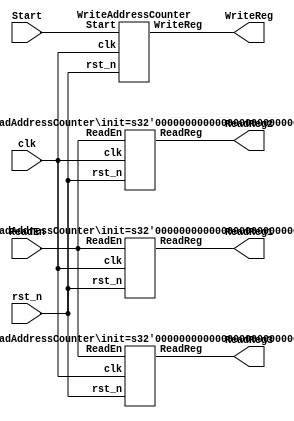
`timescale 1ns / 1ps

module AddressCounter (
clk, rst_n, Start, WriteReg, ReadEn, ReadReg1, ReadReg2, ReadReg3);

  input clk, rst_n;
  input Start;
  input ReadEn;
  output [3:0] WriteReg;
  output [3:0] ReadReg1, ReadReg2, ReadReg3;
  
  WriteAddressCounter WriteAddress (.clk(clk), .rst_n(rst_n), .Start(Start), .WriteReg(WriteReg));
  ReadAddressCounter #(.init(14)) ReadAddress1 (.clk(clk), .rst_n(rst_n), .ReadEn(ReadEn), .ReadReg(ReadReg1));
  ReadAddressCounter #(.init(0)) ReadAddress2 (.clk(clk), .rst_n(rst_n), .ReadEn(ReadEn), .ReadReg(ReadReg2));
  ReadAddressCounter #(.init(1)) ReadAddress3 (.clk(clk), .rst_n(rst_n), .ReadEn(ReadEn), .ReadReg(ReadReg3));
endmodule



module WriteAddressCounter(clk, rst_n, Start, WriteReg);
  input clk, rst_n;
  input Start;
  output [3:0] WriteReg;
  
  wire [14:0] count;
  
  RingCounter WriteCounter(.clk(clk), .rst_n(rst_n), .en(Start), .count(count));
  AddressEncoder WriteAddress(.Addrin(count), .AddrOut(WriteReg));
endmodule



module RingCounter(clk, rst_n, en, count);
  input clk, rst_n;
  input en;
  output reg [14:0] count;

  always @(posedge clk or negedge rst_n) begin
    if(!rst_n) count <= {1'b1, 14'b0};//rst_n 0 count 100_0000_0000_0000 
    else begin//if(rst_n)
      if(en) begin//rst_n 1  en 1
        if(count == {1'b1, 14'b0}) count <= {14'b0, 1'b1};//count 100_0000_0000_0000
                                                          //000_0000_0000_0001
        else count <= count << 1;//   1 shift left
      end//if(en)
    end//else //if(rst_n)
  end//always
endmodule



module AddressEncoder(Addrin, AddrOut);
  input [14:0] Addrin;
  output reg [3:0] AddrOut;
  
  always @(Addrin) begin
    case(Addrin)//Addrin   AddrOut 
      15'b000_0000_0000_0001 : AddrOut = 4'd1;
      15'b000_0000_0000_0010 : AddrOut = 4'd2;
      15'b000_0000_0000_0100 : AddrOut = 4'd3;
      15'b000_0000_0000_1000 : AddrOut = 4'd4;
      15'b000_0000_0001_0000 : AddrOut = 4'd5;
      15'b000_0000_0010_0000 : AddrOut = 4'd6;
      15'b000_0000_0100_0000 : AddrOut = 4'd7;
      15'b000_0000_1000_0000 : AddrOut = 4'd8;
      15'b000_0001_0000_0000 : AddrOut = 4'd9;
      15'b000_0010_0000_0000 : AddrOut = 4'd10;
      15'b000_0100_0000_0000 : AddrOut = 4'd11;
      15'b000_1000_0000_0000 : AddrOut = 4'd12;
      15'b001_0000_0000_0000 : AddrOut = 4'd13;
      15'b010_0000_0000_0000 : AddrOut = 4'd14;
      15'b100_0000_0000_0000 : AddrOut = 4'd0;
      default : AddrOut = 4'bx;//default  unknown
    endcase
  end//always
endmodule



module ReadAddressCounter(clk, rst_n, ReadEn, ReadReg);
  parameter init = 14;
  input clk, rst_n;
  input ReadEn;
  output [3:0] ReadReg;
  
  wire [14:0] count;
  
  RingCounterX3 #(.init(init)) ReadCounter(.clk(clk), .rst_n(rst_n), .en(ReadEn), .count(count));
  AddressEncoder ReadAddress(.Addrin(count), .AddrOut(ReadReg));
endmodule



module RingCounterX3(clk, rst_n, en, count);
  parameter init = 14;
  input clk, rst_n;
  input en;
  output reg [14:0] count;
  
  always @(posedge clk or negedge rst_n) begin
    if(!rst_n) count <= 1 << init;//rst_n 0 count 1 init shift left  
    else begin//if(rst_n)
      if(en) begin//rst_n 1  en 1
        if(count == {1'b1, 14'b0}) count <= {12'b0, 1'b1, 2'b0};//count 100_0000_0000_0000 000_0000_0000_0100
        else if(count == {1'b0, 1'b1, 13'b0}) count <= {13'b0, 1'b1, 1'b0};//count 010_0000_0000_0000 000_0000_0000_0010
        else if(count == {2'b0, 1'b1, 12'b0}) count <= {14'b0, 1'b1};//count 001_0000_0000_0000 000_0000_0000_0001
        else count <= count << 3;//   3 shift left
      end//if(en)
    end//else //if(rst_n)
  end//always
endmodule